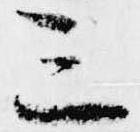
三